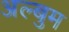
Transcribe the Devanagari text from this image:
अल्बुम